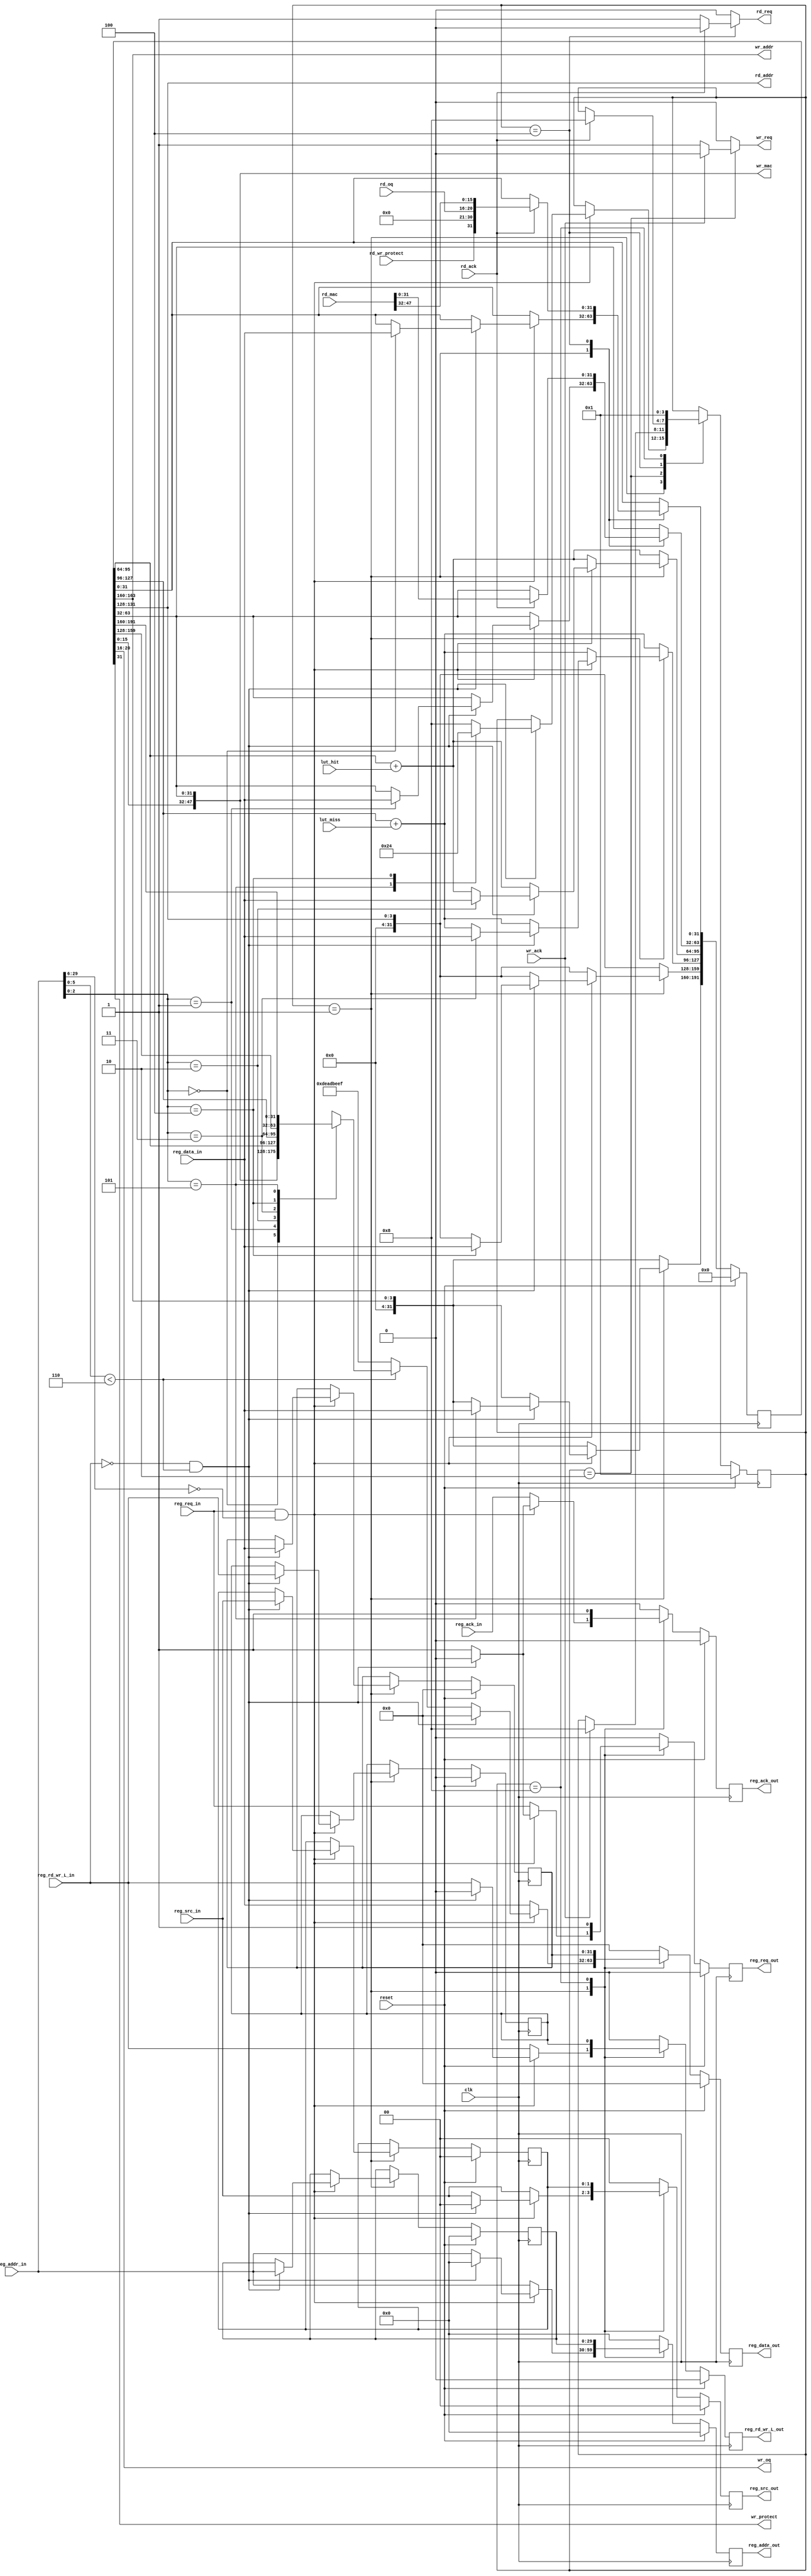
///////////////////////////////////////////////////////////////////////////////
// vim:set shiftwidth=3 softtabstop=3 expandtab:
// $Id: op_lut_regs.v 5525 2009-05-08 02:41:25Z g9coving $
//
// Module: op_lut_regs.v
// Project: NF2.1
// Description: Demultiplexes, stores and serves register requests
//
//----
///////////////////////////////////////////////////////////////////////////////

`define REG_END(addr_num)   		32*((addr_num)+1)-1
`define REG_START(addr_num) 		32*(addr_num)
`define UDP_REG_ADDR_WIDTH 		(32-2)
`define CPCI_NF2_DATA_WIDTH 		32
`define SWITCH_OP_LUT_PORTS_MAC_HI 	0
`define SWITCH_OP_LUT_MAC_LO		1
`define SWITCH_OP_LUT_NUM_HITS		2
`define SWITCH_OP_LUT_NUM_MISSES	3
`define SWITCH_OP_LUT_MAC_LUT_RD_ADDR	4
`define SWITCH_OP_LUT_MAC_LUT_WR_ADDR	5
`define SWITCH_OP_LUT_REG_ADDR_WIDTH	6
`define SWITCH_OP_LUT_BLOCK_ADDR	17'h0

`timescale 1ns/1ps

  module op_lut_regs
    #( parameter NUM_OUTPUT_QUEUES = 5,
       parameter LUT_DEPTH_BITS = 4,
       parameter UDP_REG_SRC_WIDTH = 2
   )

   (
      input                                  reg_req_in,
      input                                  reg_ack_in,
      input                                  reg_rd_wr_L_in,
      input  [`UDP_REG_ADDR_WIDTH-1:0]       reg_addr_in,
      input  [`CPCI_NF2_DATA_WIDTH-1:0]      reg_data_in,
      input  [UDP_REG_SRC_WIDTH-1:0]         reg_src_in,

      output reg                             reg_req_out,
      output reg                             reg_ack_out,
      output reg                             reg_rd_wr_L_out,
      output reg [`UDP_REG_ADDR_WIDTH-1:0]   reg_addr_out,
      output reg [`CPCI_NF2_DATA_WIDTH-1:0]  reg_data_out,
      output reg [UDP_REG_SRC_WIDTH-1:0]     reg_src_out,

     output [LUT_DEPTH_BITS-1:0]          rd_addr,          // address in table to read
     output reg                           rd_req,           // request a read
     input [NUM_OUTPUT_QUEUES-1:0]        rd_oq,            // data read from the LUT at rd_addr
     input                                rd_wr_protect,    // wr_protect bit read
     input [47:0]                         rd_mac,           // data to match in the CAM
     input                                rd_ack,           // stays high when data is rdy until req goes low

     output [LUT_DEPTH_BITS-1:0]          wr_addr,
     output reg                           wr_req,
     output [NUM_OUTPUT_QUEUES-1:0]       wr_oq,
     output                               wr_protect,       // wr_protect bit to write
     output [47:0]                        wr_mac,           // data to match in the CAM
     input                                wr_ack,

     input                                lut_hit,
     input                                lut_miss,

     input                                clk,
     input                                reset
     );

   function integer log2;
      input integer number;
      begin
         log2=0;
         while(2**log2<number) begin
            log2=log2+1;
         end
      end
   endfunction // log2


   // ------------- Internal parameters --------------
   parameter NUM_REGS_USED = 6;
   parameter OP_LUT_REG_ADDR_WIDTH_USED = log2(NUM_REGS_USED);

   parameter WAIT_FOR_REQ = 1;
   parameter WRITE_TO_MAC_LUT = 2;
   parameter READ_FROM_MAC_LUT = 4;
   parameter DONE = 8;

   // ------------- Wires/reg ------------------

   wire [`CPCI_NF2_DATA_WIDTH-1:0]      reg_file [0:NUM_REGS_USED-1];
   reg  [`CPCI_NF2_DATA_WIDTH-1:0]      reg_file_next [0:NUM_REGS_USED-1];

   wire [`CPCI_NF2_DATA_WIDTH-1:0]      reg_file_selected;

   wire [OP_LUT_REG_ADDR_WIDTH_USED-1:0]addr;
   wire [`SWITCH_OP_LUT_REG_ADDR_WIDTH-1:0]  reg_addr;
   //wire [`UDP_REG_ADDR_WIDTH-`SWITCH_OP_LUT_BLOCK_ADDR_WIDTH-`SWITCH_OP_LUT_REG_ADDR_WIDTH - 1:0] tag_addr;
   wire [`UDP_REG_ADDR_WIDTH-`SWITCH_OP_LUT_REG_ADDR_WIDTH - 1:0] tag_addr;
   
   wire                                 addr_good;
   wire                                 tag_hit;

   wire [`CPCI_NF2_DATA_WIDTH-1:0]      mac_addr_lo;
   wire [`CPCI_NF2_DATA_WIDTH-1:0]      ports_mac_addr_hi;

   reg [3:0]                            state, state_next;

   reg [`CPCI_NF2_DATA_WIDTH-1:0]       op_lut_reg_rd_data_next;

   wire [`CPCI_NF2_DATA_WIDTH-1:0]      num_hits;
   wire [`CPCI_NF2_DATA_WIDTH-1:0]      num_misses;

   reg  [NUM_REGS_USED*`CPCI_NF2_DATA_WIDTH-1:0]   reg_file_linear;
   wire [NUM_REGS_USED*`CPCI_NF2_DATA_WIDTH-1:0]   reg_file_linear_next;

   reg                                   reg_rd_wr_L_held;
   reg  [`UDP_REG_ADDR_WIDTH-1:0]        reg_addr_held;
   reg  [`CPCI_NF2_DATA_WIDTH-1:0]       reg_data_held;
   reg  [UDP_REG_SRC_WIDTH-1:0]          reg_src_held;

   reg                                   reg_rd_wr_L_held_nxt;
   reg  [`UDP_REG_ADDR_WIDTH-1:0]        reg_addr_held_nxt;
   reg  [`CPCI_NF2_DATA_WIDTH-1:0]       reg_data_held_nxt;
   reg  [UDP_REG_SRC_WIDTH-1:0]          reg_src_held_nxt;

   reg                                   reg_req_out_nxt;
   reg                                   reg_ack_out_nxt;
   reg                                   reg_rd_wr_L_out_nxt;
   reg  [`UDP_REG_ADDR_WIDTH-1:0]        reg_addr_out_nxt;
   reg  [`CPCI_NF2_DATA_WIDTH-1:0]       reg_data_out_nxt;
   reg  [UDP_REG_SRC_WIDTH-1:0]          reg_src_out_nxt;


   // -------------- Logic --------------------

   assign addr = reg_addr_in[OP_LUT_REG_ADDR_WIDTH_USED-1:0];
   assign reg_addr = reg_addr_in[`SWITCH_OP_LUT_REG_ADDR_WIDTH-1:0];
   assign tag_addr = reg_addr_in[`UDP_REG_ADDR_WIDTH - 1:`SWITCH_OP_LUT_REG_ADDR_WIDTH];

   assign addr_good = (reg_addr<NUM_REGS_USED);
   assign tag_hit = tag_addr == `SWITCH_OP_LUT_BLOCK_ADDR;

   assign mac_addr_lo = reg_file[`SWITCH_OP_LUT_MAC_LO];
   assign ports_mac_addr_hi = reg_file[`SWITCH_OP_LUT_PORTS_MAC_HI];
   assign wr_oq = ports_mac_addr_hi[NUM_OUTPUT_QUEUES+15:16]; // ports
   assign wr_protect = ports_mac_addr_hi[31]; // wr_protect bit
   assign wr_mac = {ports_mac_addr_hi, reg_file[`SWITCH_OP_LUT_MAC_LO]}; // mac addr
   assign wr_addr = reg_file[`SWITCH_OP_LUT_MAC_LUT_WR_ADDR];

   assign rd_addr = reg_file[`SWITCH_OP_LUT_MAC_LUT_RD_ADDR];

   assign num_hits = reg_file[`SWITCH_OP_LUT_NUM_HITS];
   assign num_misses = reg_file[`SWITCH_OP_LUT_NUM_MISSES];

   assign reg_file_selected = reg_file[addr];

   /* select the correct words from the registers */
   generate
   genvar j;
   for(j=0; j<NUM_REGS_USED; j=j+1) begin:linear_reg
      assign reg_file_linear_next[`REG_END(j):`REG_START(j)] = reg_file_next[j];
      assign reg_file[j] = reg_file_linear[`REG_END(j):`REG_START(j)];
   end
   endgenerate

   /* run the counters and mux between write and update */
   always @(*) begin

      reg_file_next[`SWITCH_OP_LUT_PORTS_MAC_HI]    = ports_mac_addr_hi;
      reg_file_next[`SWITCH_OP_LUT_MAC_LO]          = mac_addr_lo;
      reg_file_next[`SWITCH_OP_LUT_MAC_LUT_WR_ADDR] = wr_addr;
      reg_file_next[`SWITCH_OP_LUT_MAC_LUT_RD_ADDR] = rd_addr;

      reg_file_next[`SWITCH_OP_LUT_NUM_HITS]   = num_hits + lut_hit;
      reg_file_next[`SWITCH_OP_LUT_NUM_MISSES] = num_misses + lut_miss;

      state_next = state;

      reg_req_out_nxt = 0;
      reg_ack_out_nxt = 0;
      reg_rd_wr_L_out_nxt = 0;
      reg_addr_out_nxt = 0;
      reg_data_out_nxt = 0;
      reg_src_out_nxt = 0;

      reg_rd_wr_L_held_nxt = reg_rd_wr_L_held;
      reg_addr_held_nxt    = reg_addr_held;
      reg_data_held_nxt    = reg_data_held;
      reg_src_held_nxt     = reg_src_held;

      wr_req = 0;
      rd_req = 0;

      case(state)
        WAIT_FOR_REQ: begin
            if (reg_req_in && tag_hit) begin
               if (!reg_rd_wr_L_in && addr_good) begin
                  reg_file_next[addr] = reg_data_in;
                  case (addr)
                     `SWITCH_OP_LUT_MAC_LUT_WR_ADDR : state_next = WRITE_TO_MAC_LUT;
                     `SWITCH_OP_LUT_MAC_LUT_RD_ADDR : state_next = READ_FROM_MAC_LUT;
                     default : state_next = DONE;
                  endcase
                  reg_rd_wr_L_held_nxt = reg_rd_wr_L_in;
                  reg_addr_held_nxt    = reg_addr_in;
                  reg_data_held_nxt    = reg_data_in;
                  reg_src_held_nxt     = reg_src_in;
               end
               else begin
                  reg_req_out_nxt     = 1'b 1;
                  reg_ack_out_nxt     = 1'b 1;
                  reg_rd_wr_L_out_nxt = reg_rd_wr_L_in;
                  reg_addr_out_nxt    = reg_addr_in;
                  reg_data_out_nxt    = addr_good ? reg_file_selected : 32'h DEAD_BEEF;
                  reg_src_out_nxt     = reg_src_in;
               end
            end
            else begin
               reg_req_out_nxt = reg_req_in;
               reg_ack_out_nxt = reg_ack_in;
               reg_rd_wr_L_out_nxt = reg_rd_wr_L_in;
               reg_addr_out_nxt = reg_addr_in;
               reg_data_out_nxt = reg_data_in;
               reg_src_out_nxt = reg_src_in;
            end

           end // case: WAIT_FOR_REQ

        WRITE_TO_MAC_LUT: begin
           if(wr_ack) begin
              state_next = DONE;
           end
           else begin
              wr_req = 1;
           end
        end

        READ_FROM_MAC_LUT: begin
           if(rd_ack) begin
              reg_file_next[`SWITCH_OP_LUT_PORTS_MAC_HI] = {rd_wr_protect,
                                                     {(15-NUM_OUTPUT_QUEUES){1'b0}},
                                                     rd_oq,
                                                     rd_mac[47:32]};
              reg_file_next[`SWITCH_OP_LUT_MAC_LO] = rd_mac[31:0];
              /*op_lut_reg_rd_data_next = {rd_wr_protect,
                                         {(15-NUM_OUTPUT_QUEUES){1'b0}},
                                         rd_oq,
                                         rd_mac[47:32]};*/
              state_next = DONE;
           end // if (rd_ack)
           else begin
              rd_req = 1;
           end
        end // case: READ_FROM_MAC_LUT

        DONE: begin
           state_next = WAIT_FOR_REQ;

           reg_req_out_nxt      = 1'b 1;
           reg_ack_out_nxt      = 1'b 1;
           reg_rd_wr_L_out_nxt  = reg_rd_wr_L_held;
           reg_addr_out_nxt     = reg_addr_held;
           reg_data_out_nxt     = reg_data_held;
           reg_src_out_nxt      = reg_src_held;
        end
      endcase // case(state)
   end // always @ (*)


   always @(posedge clk) begin
      if( reset ) begin
         reg_req_out       <= 0;
         reg_ack_out       <= 0;
         reg_rd_wr_L_out   <= 0;
         reg_addr_out      <= 0;
         reg_data_out      <= 0;
         reg_src_out       <= 0;

         reg_rd_wr_L_held  <= 0;
         reg_addr_held     <= 0;
         reg_data_held     <= 0;
         reg_src_held      <= 0;

         // zero out the registers being used
	 reg_file_linear <= {(`CPCI_NF2_DATA_WIDTH*NUM_REGS_USED){1'b0}};
         state <= WAIT_FOR_REQ;
      end
      else begin
         reg_req_out       <= reg_req_out_nxt;
         reg_ack_out       <= reg_ack_out_nxt;
         reg_rd_wr_L_out   <= reg_rd_wr_L_out_nxt;
         reg_addr_out      <= reg_addr_out_nxt;
         reg_data_out      <= reg_data_out_nxt;
         reg_src_out       <= reg_src_out_nxt;

         reg_rd_wr_L_held  <= reg_rd_wr_L_held_nxt;
         reg_addr_held     <= reg_addr_held_nxt;
         reg_data_held     <= reg_data_held_nxt;
         reg_src_held      <= reg_src_held_nxt;

	 reg_file_linear <= reg_file_linear_next;

         state <= state_next;
      end // else: !if( reset )
   end // always @ (posedge clk)

endmodule